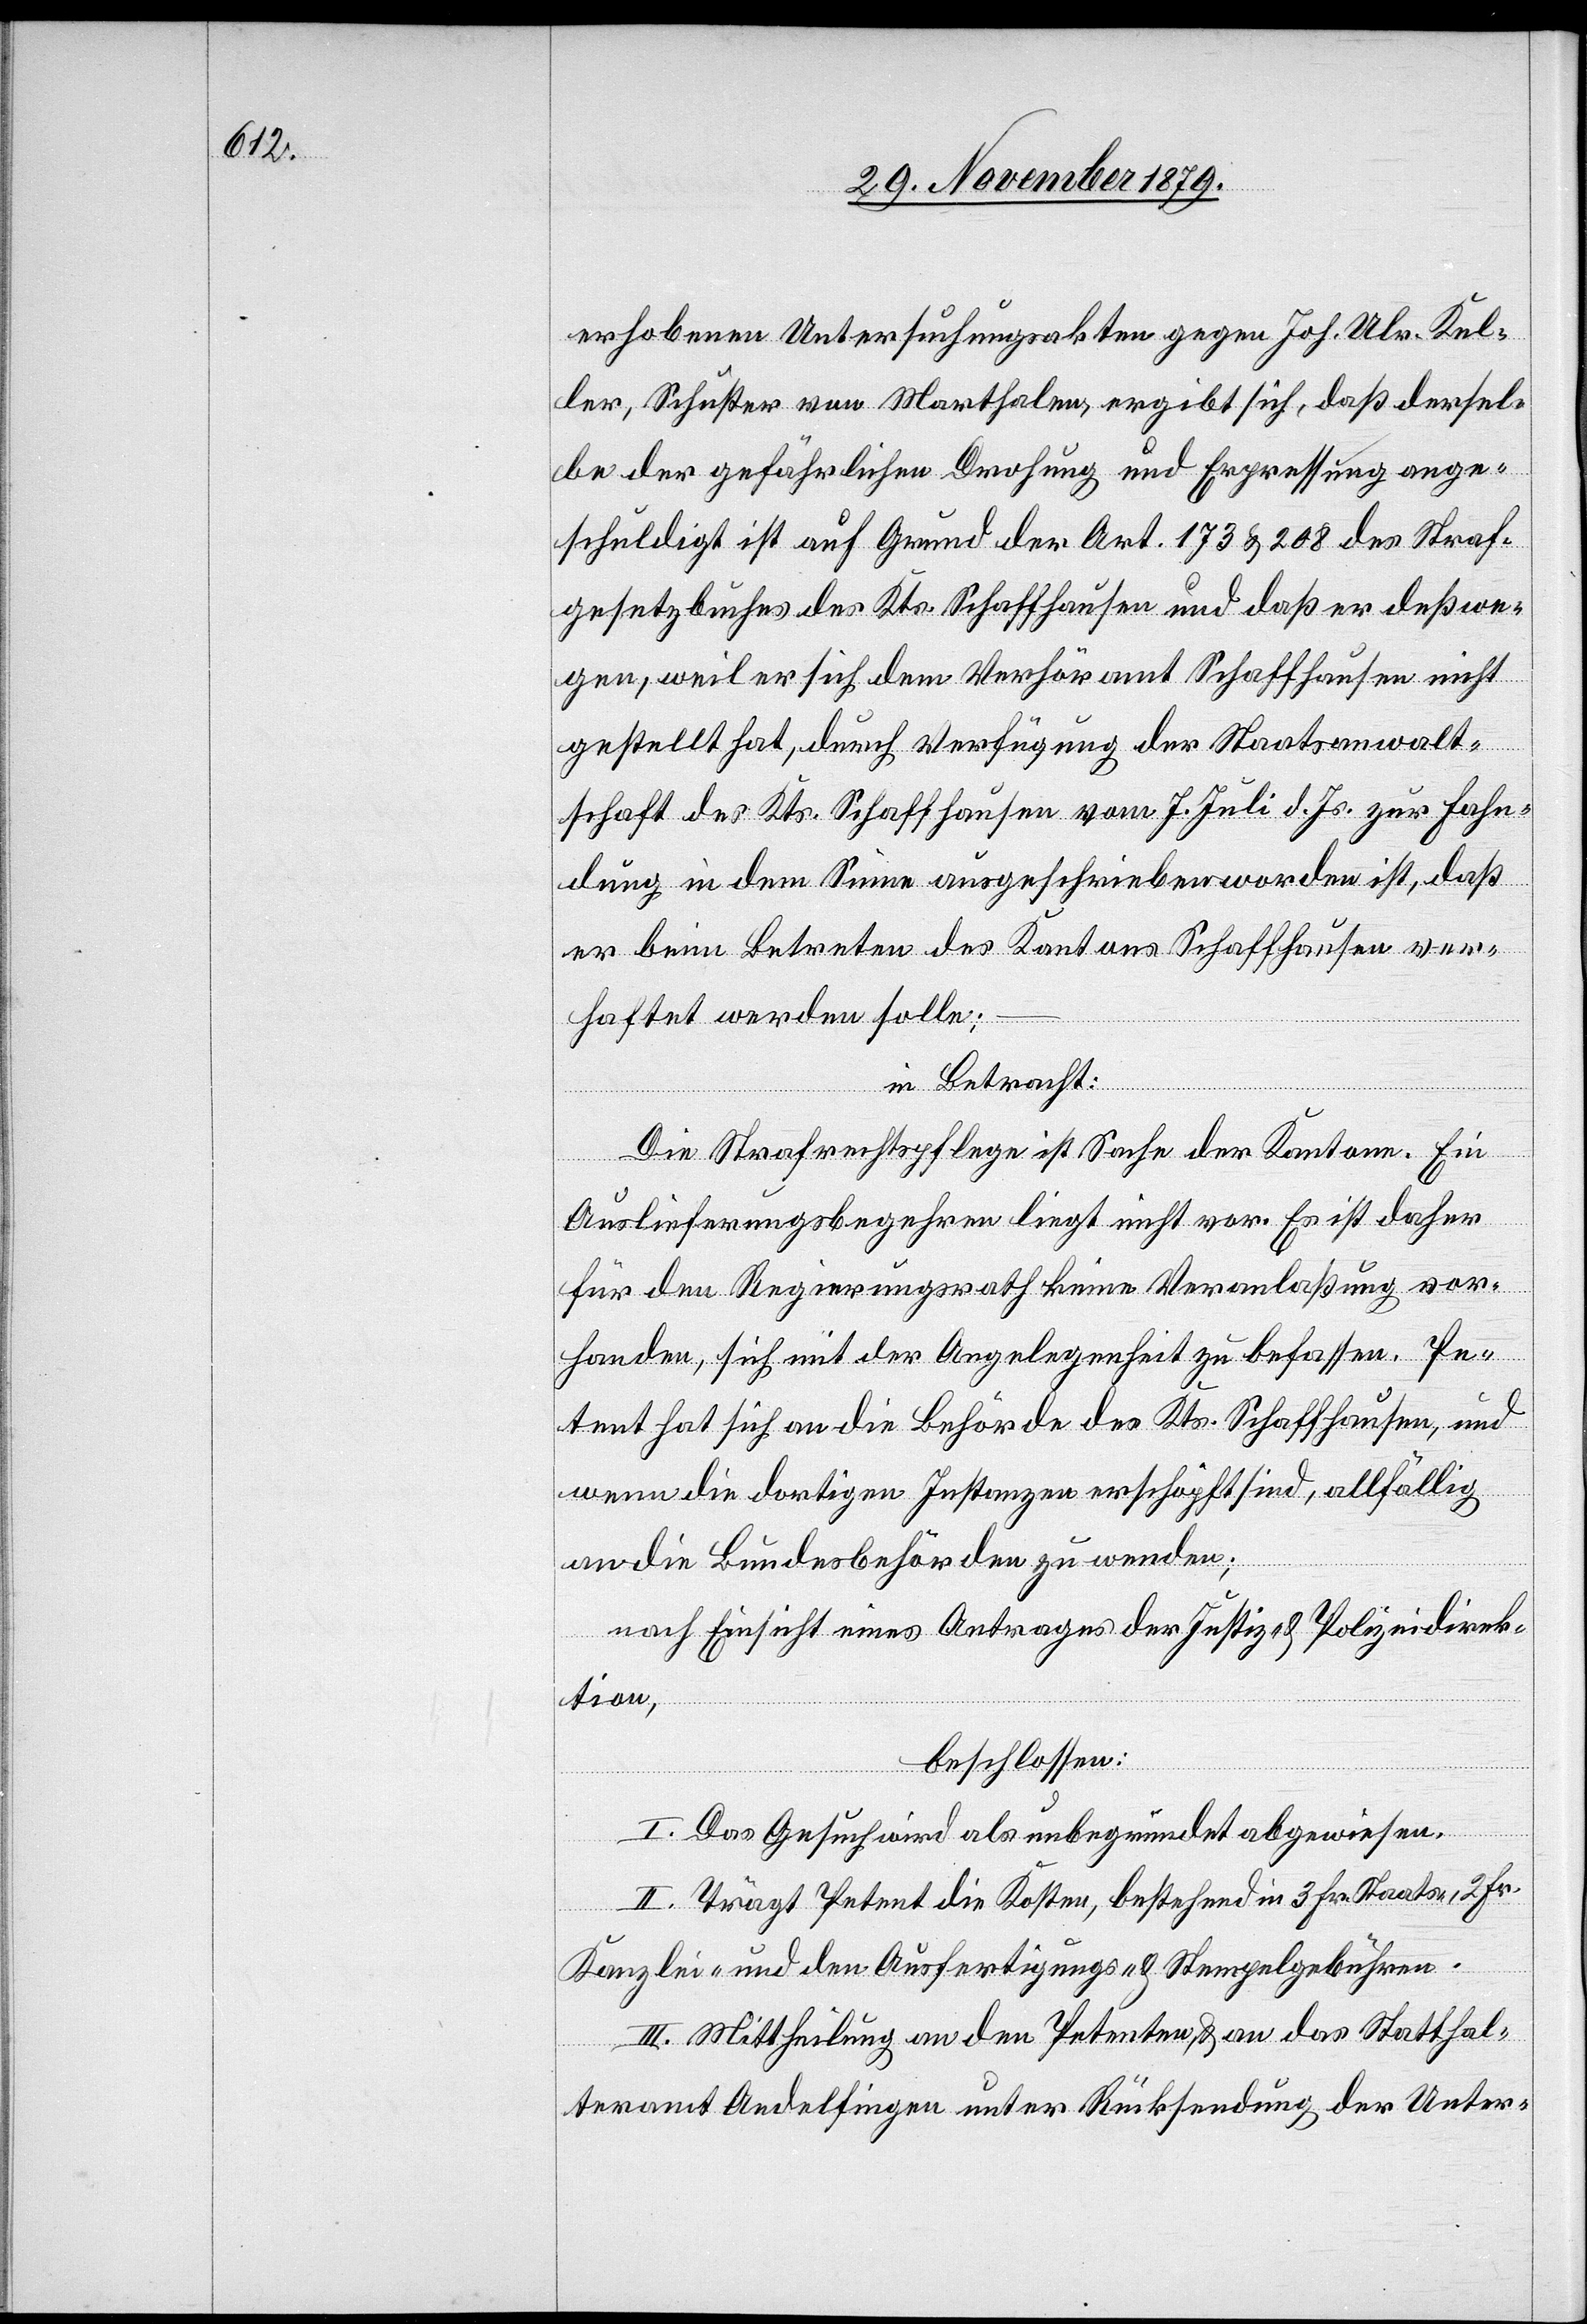
erhobenen Untersuchungsakten gegen Joh. Ulr. Kel¬
ler, Schuster von Marthalen, ergibt sich, daß dersel¬
be der gefährlichen Drohung und Erpressung ange¬
schuldigt ist auf Grund der Art. 173 & 208 des Straf¬
gesetzbuches des Kts. Schaffhausen und daß er deßwe¬
gen, weil er sich dem Verhöramt Schaffhausen nicht
gestellt hat, durch Verfügung der Staatsanwalt¬
schaft des Kts. Schaffhausen vom 7. Juli d. Js. zur Fahn¬
dung in dem Sinne ausgeschrieben worden ist, daß
er beim Betreten des Kantons Schaffhausen ver¬
haftet werden solle;
in Betracht:
–
Die Strafrechtspflege ist Sache der Kantone. Ein
Auslieferungsbegehren liegt nicht vor. Es ist daher
für den Regierungsrath keine Veranlaßung vor¬
handen, sich mit der Angelegenheit zu befassen. Pe¬
tent hat sich an die Behörde des Kts. Schaffhausen, und
wenn die dortigen Instanzen erschöpft sind, allfällig
an die Bundesbehörden zu wenden;
nach Einsicht eines Antrages der Justiz- & Polizeidirek¬
tion,
beschlossen:
I. Das Gesuch wird als unbegründet abgewiesen.
II. Trägt Petent die Kosten, bestehend in 3 Fr. Staats-, 2 Fr.
Kanzlei- und den Ausfertigungs- & Stempelgebühren.
III. Mittheilung an den Petenten, & an das Statthal¬
teramt Andelfingen unter Rücksendung der Unter-